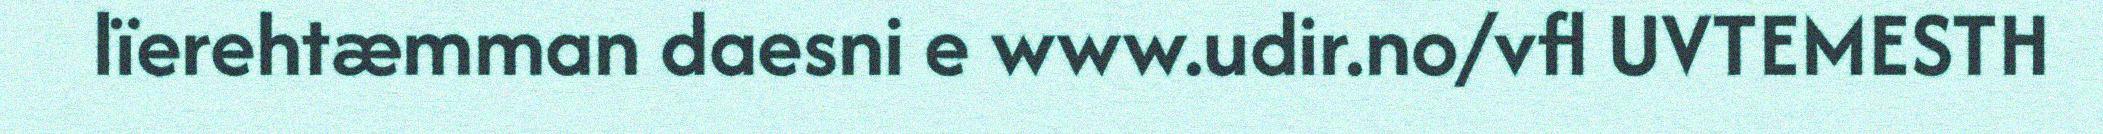
lïerehtæmman daesni e www.udir.no/vfl UVTEMESTH